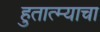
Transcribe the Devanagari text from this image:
हुतात्म्याचा